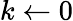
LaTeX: k\gets 0